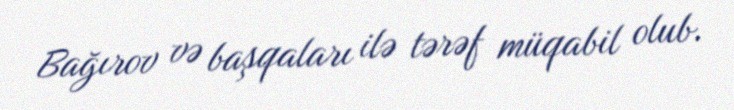
Bağırov və başqaları ilə tərəf müqabil olub.